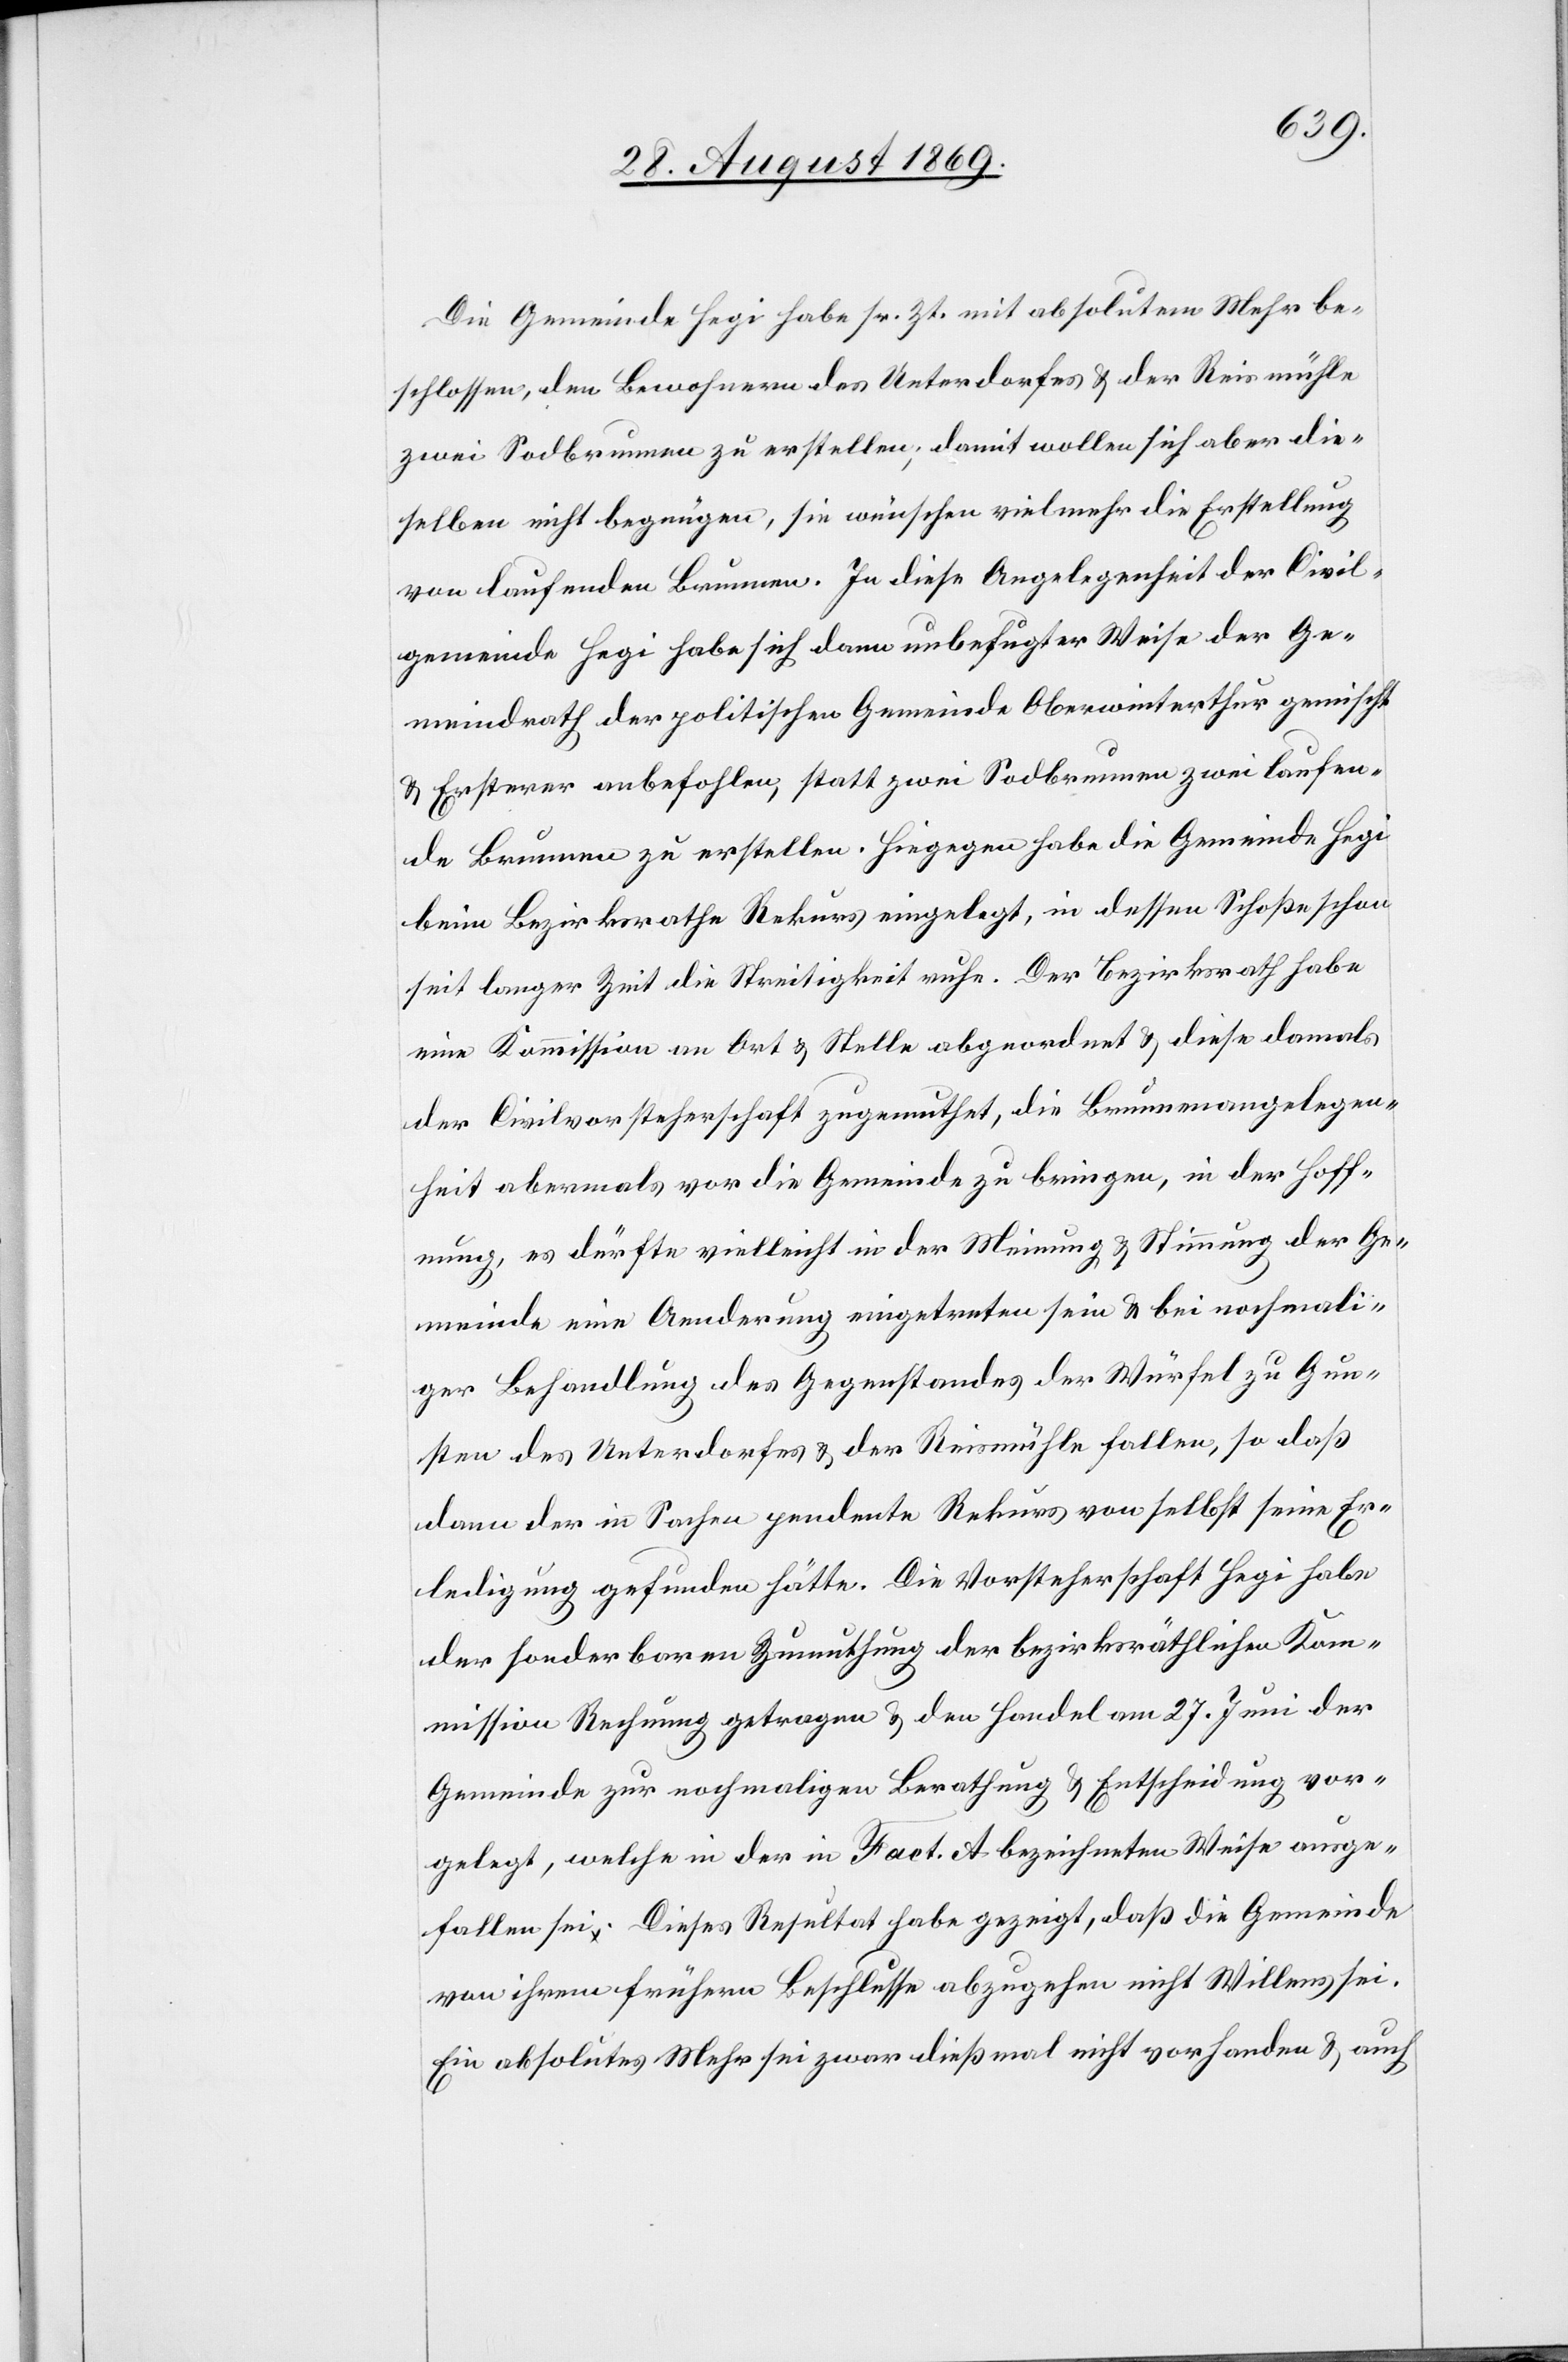
Die Gemeinde Hegi habe sr. Zt. mit absolutem Mehr be¬
schlossen, den Bewohnern des Unterdorfes & der Reismühle
zwei Sodbrunnen zu erstellen; damit wollen sich aber die¬
selben nicht begnügen, sie wünschen vielmehr die Erstellung
von laufenden Brunnen. In diese Angelegenheit der Civil¬
gemeinde Hegi habe sich dann unbefugter Weise der Ge¬
meindrath der politischen Gemeinde Oberwinterthur gemischt
& Ersterer anbefohlen, statt zwei Sodbrunnen zwei laufen¬
de Brunnen zu erstellen. Hiegegen habe die Gemeinde Hegi
beim Bezirksrathe Rekurs eingelegt, in dessen Schoße schon
seit langer Zeit die Streitigkeit ruhe. Der Bezirksrath habe
eine Kommission an Ort & Stelle abgeordnet & diese damals
der Civilvorsteherschaft zugemuthet, die Brunnenangelegen¬
heit abermals vor die Gemeinde zu bringen, in der Hoff¬
nung, es dürfte vielleicht in der Meinung & Stimmung der Ge¬
meinde eine Aenderung eingetreten sein & bei nochmali¬
ger Behandlung des Gegenstandes der Würfel zu Gun¬
sten des Unterdorfes & der Reismühle fallen, so daß
dann der in Sachen pendente Rekurs von selbst seine Er¬
ledigung gefunden hätte. Die Vorsteherschaft Hegi habe
der sonderbaren Zumuthung der bezirksräthlichen Kom¬
mission Rechnung getragen & den Handel am 27. Juni der
Gemeinde zur nochmaligen Berathung & Entscheidung vor¬
gelegt, welche in der in Fact. A bezeichneten Weise ausge¬
fallen sei. Dieses Resultat habe gezeigt, daß die Gemeinde
von ihrem frühern Beschlusse abzugehen nicht Willens sei.
Ein absolutes Mehr sei zwar dießmal nicht vorhanden & auch